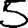
Digit: 5